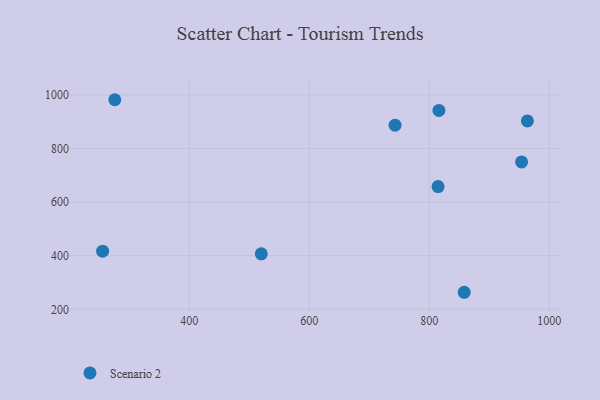
{"axis": {"x": "Price", "y": "Demand"}, "legend": ["Scenario 2"], "data": [{"x": "816.0", "y": 941.7, "type": "Scenario 2"}, {"x": "858.2", "y": 263.5, "type": "Scenario 2"}, {"x": "276.1", "y": 981.6, "type": "Scenario 2"}, {"x": "963.4", "y": 902.7, "type": "Scenario 2"}, {"x": "255.8", "y": 416.9, "type": "Scenario 2"}, {"x": "520.1", "y": 406.8, "type": "Scenario 2"}, {"x": "743.0", "y": 886.7, "type": "Scenario 2"}, {"x": "953.8", "y": 749.7, "type": "Scenario 2"}, {"x": "814.6", "y": 657.7, "type": "Scenario 2"}]}